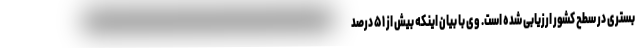
بستری در سطح کشور ارزیابی شده است. وی با بیان اینکه بیش از ۵۱ درصد